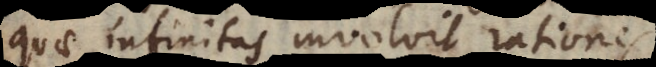
quae infinitas involvit rationes